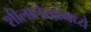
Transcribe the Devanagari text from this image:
शीलालेखांमध्ये